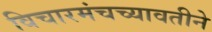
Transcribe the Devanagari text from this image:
विचारमंचच्यावतीने